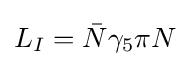
L_{I}={\bar {N}}\gamma _{5}\pi N